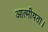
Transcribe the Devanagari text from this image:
आत्मीयता।